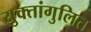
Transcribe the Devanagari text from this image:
युक्तांगुलित